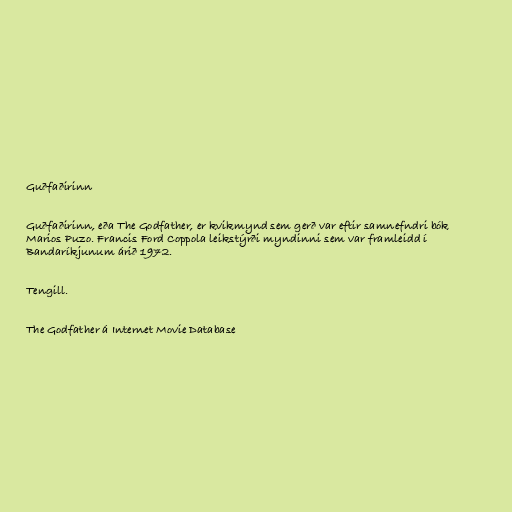
Guðfaðirinn

Guðfaðirinn, eða The Godfather, er kvikmynd sem gerð var eftir samnefndri bók
Marios Puzo. Francis Ford Coppola leikstýrði myndinni sem var framleidd í
Bandaríkjunum árið 1972.

Tengill.

The Godfather á Internet Movie Database